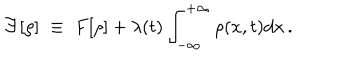
{ \cal { F } } [ \rho ] \; \equiv \; { F } [ \rho ] + \lambda ( t ) \int _ { - \infty } ^ { + \infty } \rho ( x , t ) d x \, .